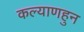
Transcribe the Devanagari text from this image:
कल्याणहुन